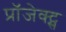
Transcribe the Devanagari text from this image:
प्रॉजेक्ट्स